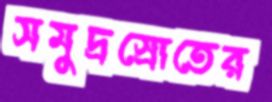
সমুদ্রস্রোতের